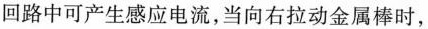
回路中可产生感应电流，当向右拉动金属棒时，